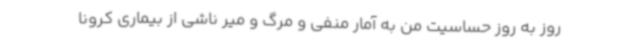
روز به روز حساسیت من به آمار منفی و مرگ و میر ناشی از بیماری کرونا